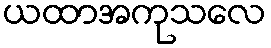
ယထာအကုသလေ